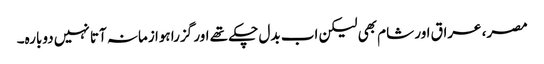
مصر، عراق اور شام بھی لیکن اب بدل چکے تھے اور گزرا ہوا زمانہ آتا نہیں دوبارہ۔